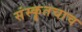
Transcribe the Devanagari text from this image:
संस्कॄतचाच